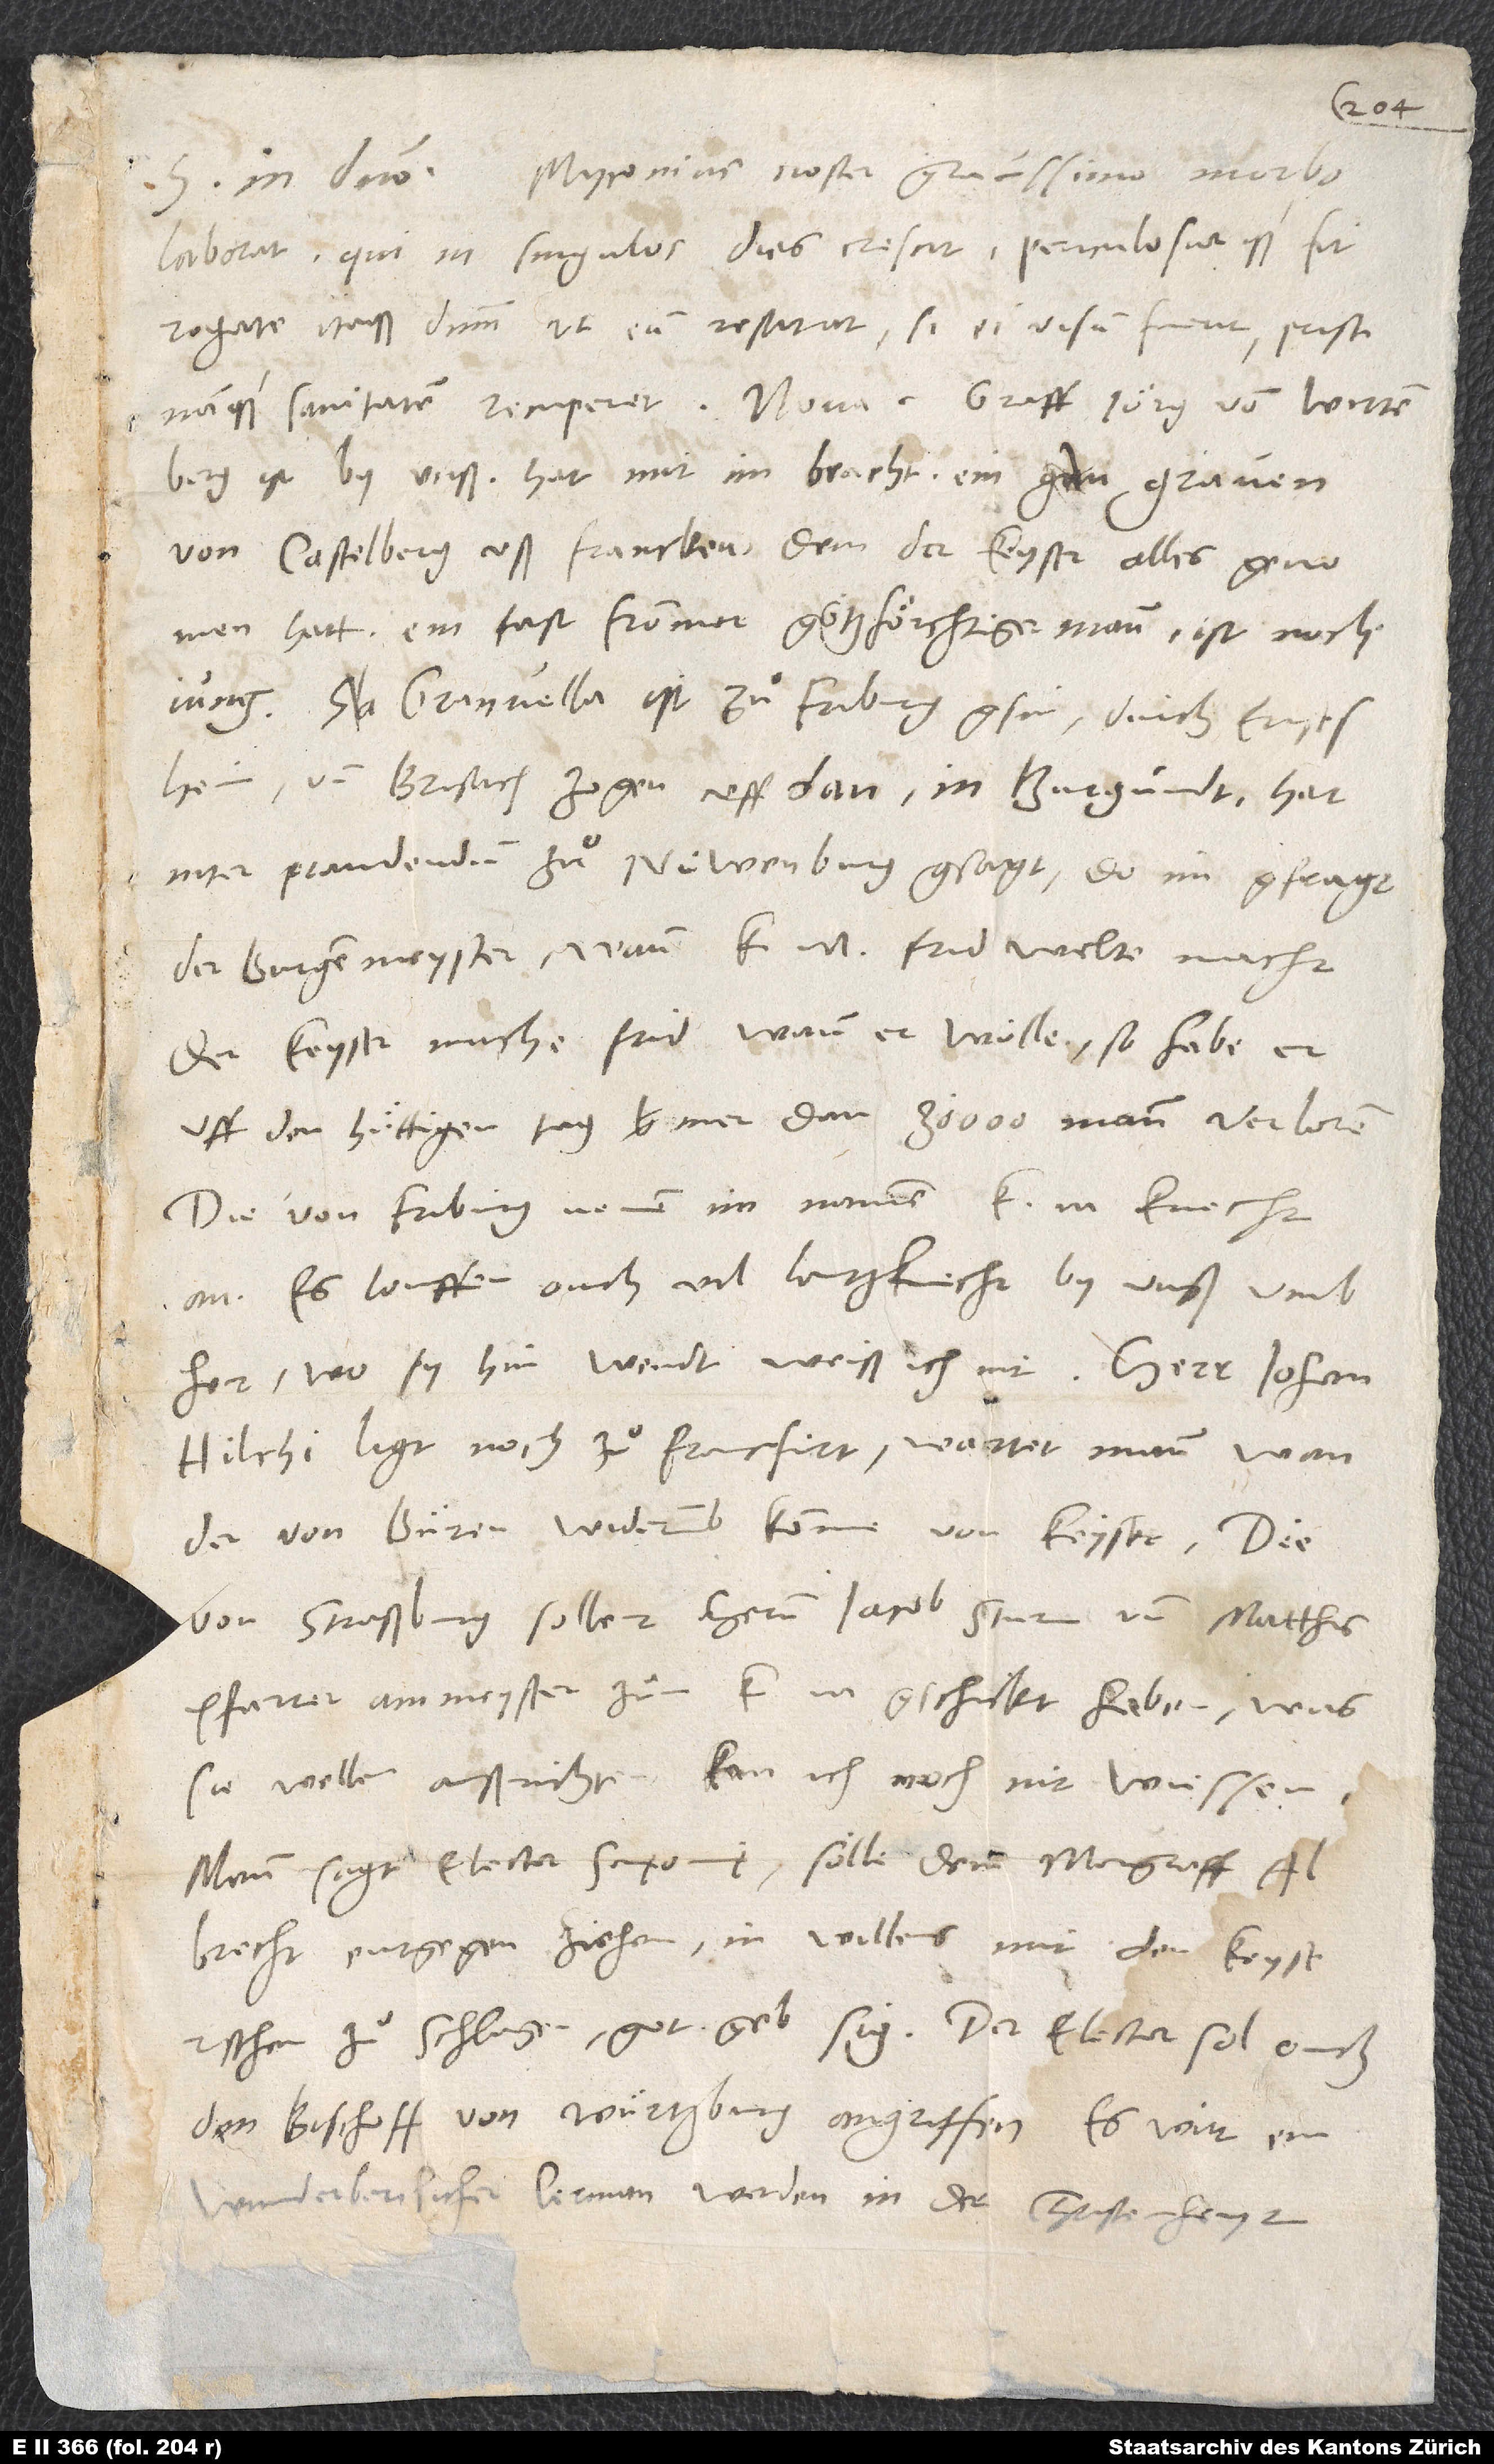
S.

got
in domino. Myconius noster gravissimo morbo
laborat, qui in singulos dies crescit periculosiorque fit.
Rogate itaque dominum, ut eum restituat, si ei visum fuerit, pristinamque
ist by unß. Hat mit im bracht ein graven
von Castelberg uß Francken, dem der keyser alles genomen
hatt: ein fast frommer gotzfoͤrchtiger mann. Ist noch
Granvella ist zuͦ Friburg gsin, durch Ensisheim
und Brisach zogen uff Dan in Burgundt. Hat
inter prandendum zuͦ Nüwenburg gsagt, do im gfragt
der burgenmeyster, wann k frid welte machen:
Der keyser mache frid, wann er wölle; so habe er
uff den huͤttigen tag mer dan 30’000 mann verloren.
Die von Friburg nemen im namen k. m. knecht
an. Es louffen ouch vil lantzknecht by unß umb
her. Wo sy hin wendt, weiß ich nit.
Hilchi ligt noch zuͦ Francfurt. Wartet mann, wan
der von Buͤren widerumb komme vom keyser.
von Straßburg sollent hernn Jacob Sturm und Matthis
Pfarrer, ammeyster, zuͦr k. m. gschickt haben. Was
sie wellen außrichten, kan ich noch nit wüssen.
Mann sagt, elector Saxonię sölle dem margraff
Albrecht entgegenziehen, in willens, mit den keyserischen
zuͦ schlagen. Got geb den sig! Der elector sol ouch
den bischoff von Würtzburg angriffen. Es wirt ein
wunderberlicher lermen werden in der christenheyt,